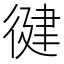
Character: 徤